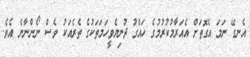
އެނގޭ ނަމަ އެގޮތަށް އެއަރާމުކުރުމުގެ ހައްގު ދުނިޔެވީހަމަތަކުގެ ތެރެއަކު ވެސް ނޯންނާނެ އެވެ.